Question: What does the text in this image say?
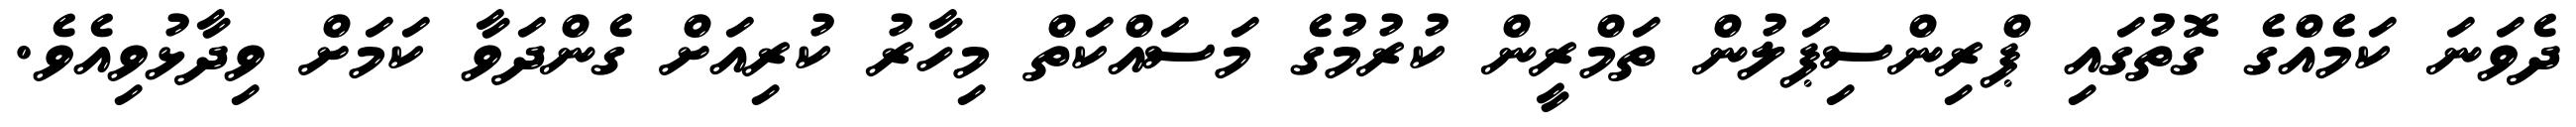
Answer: ދެވަނަ ކަމެއްގެ ގޮތުގައި ޕްރިންސިޕަލުން ތަމްރީން ކުރުމުގެ މަސައްކަތް މިހާރު ކުރިއަށް ގެންދަވާ ކަމަށް ވިދާޅުވިއެވެ.